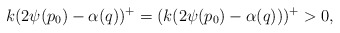
\begin{align*} k(2\psi(p_0)-\alpha(q))^+= (k(2\psi(p_0)-\alpha(q)))^+> 0, \end{align*}